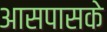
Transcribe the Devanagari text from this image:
आसपासके